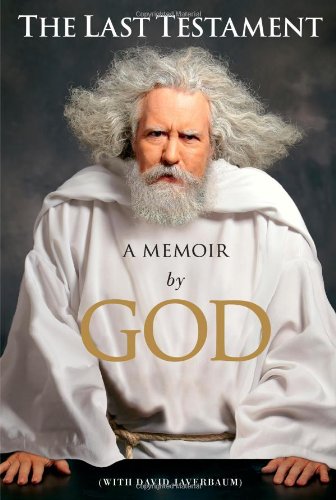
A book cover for The Last Testament: A Memoir; God; Humor & Entertainment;